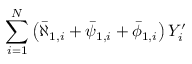
\sum _ { i = 1 } ^ { N } \left( \bar { \aleph } _ { 1 , i } + \bar { \psi } _ { 1 , i } + \bar { \phi } _ { 1 , i } \right) Y _ { i } ^ { \prime }